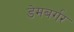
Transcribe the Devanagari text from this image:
डेमबर्गर